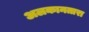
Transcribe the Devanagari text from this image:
अलकानतारा